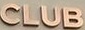
CLUB